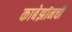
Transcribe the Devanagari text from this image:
काबेझॉनची